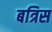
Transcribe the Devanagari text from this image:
बत्रिस